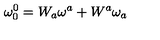
\mathbf { \omega } _ { 0 } ^ { 0 } = W _ { a } \mathbf { \omega } ^ { a } + W ^ { a } \mathbf { \omega } _ { a }